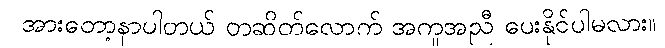
အားတော့နာပါတယ် တဆိတ်လောက် အကူအညီ ပေးနိုင်ပါမလား။